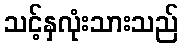
သင့်နှလုံးသားသည်